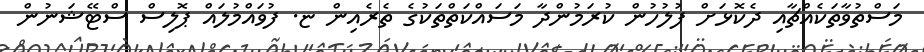
މަސްތުވާތަކެއްޗާއި ދެކޮޅަށް ފުލުހުން ކުރަމުންދާ މަސައްކަތްތަކުގެ ތެރެއިން ޏ. ފުވައްމުލައް ޕޮލިސް ސްޓޭޝަނުން